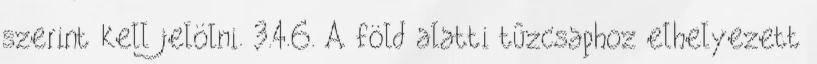
szerint kell jelölni. 3.4.6. A föld alatti tûzcsaphoz elhelyezett